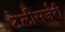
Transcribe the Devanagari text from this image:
टेलीसर्जरी